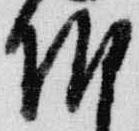
朝